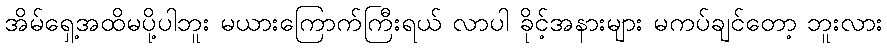
အိမ်ရှေ့အထိမပို့ပါဘူး မယားကြောက်ကြီးရယ် လာပါ ခိုင့်အနားများ မကပ်ချင်တော့ ဘူးလား